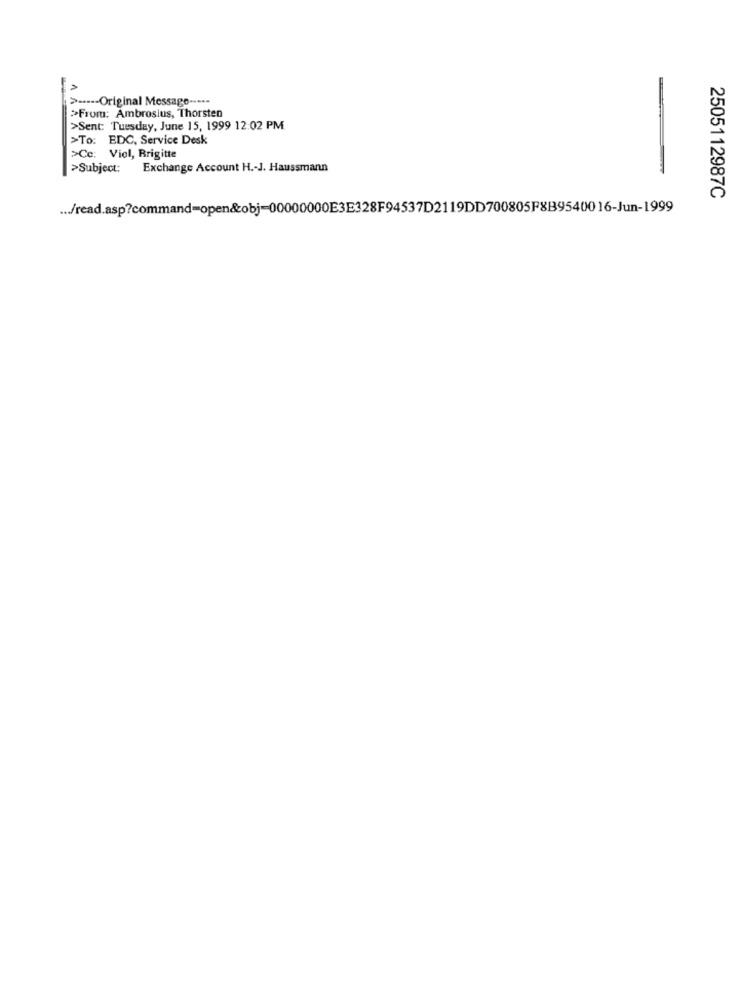
> ----- Original Message -----
>From: Ambrosius, Thorsten
>Sent: Tuesday, June 15, 1999 12:02 PM
>To: EDC, Service Desk
>Ce: Viel, Brigitte
>Subject:
Exchange Account H .- J. Haussmann
2505112987C
... /read.asp?command-open&obj-00000000E3E328F94537D2119DD700805F8B9540016-Jun-1999